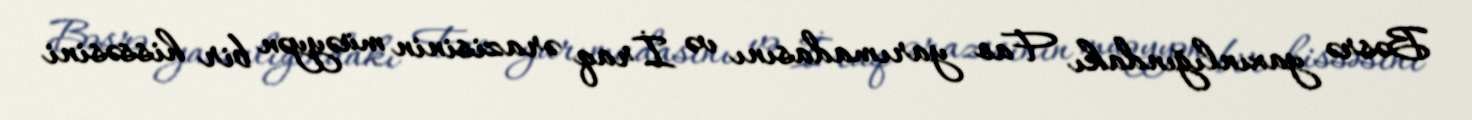
Bəsrə yaxınlığındakı Fao yarımadasını və İraq ərazisinin müəyyən bir hissəsini